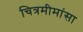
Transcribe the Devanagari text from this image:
चित्रमीमांसा